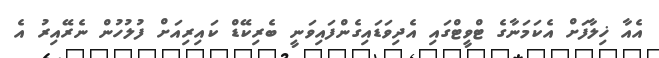
އެއާ ޚިލާފަށް އެކަމަނާގެ ޓްވީޓްގައި އެދިވަޑައިގެންފައިވަނީ ބެރިކޭޑް ކައިރިއަށް ފުލުހުން ނެރޭއިރު އެ